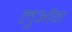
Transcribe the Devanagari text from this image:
लुओंग